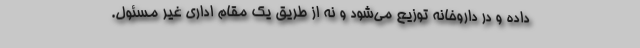
داده و در داروخانه توزیع می‌شود و نه از طریق یک مقام اداری غیر مسئول.